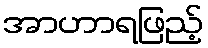
အာဟာရဖြည့်